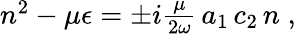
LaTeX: \begin{array}{r}{n^{2}-\mu{\epsilon}=\pm i\frac{\mu}{2\omega}\, a_{1}\, c_{2}\, n\; ,}\end{array}